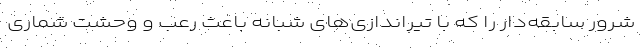
شرور سابقه‌دار را که با تیراندازی‌های شبانه باعث رعب و وحشت شماری